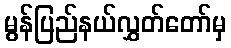
မွန်ပြည်နယ်လွှတ်တော်မှ